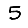
Digit: 5